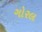
ગોરલ